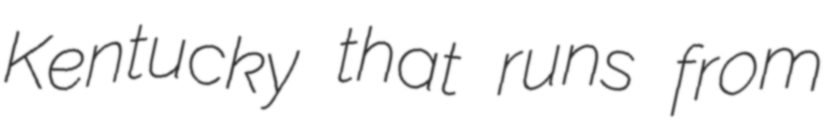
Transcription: Kentucky that runs from